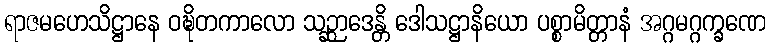
ရာဇမဟေသိဋ္ဌာနေ ဝဍ္ဎိတကာလော သဉ္ဆာဒေန္တိ ဒေါသဋ္ဌာနိယော ပစ္စာမိတ္တာနံ အဂ္ဂမဂ္ဂက္ခဏေ